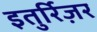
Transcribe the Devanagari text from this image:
इतुर्रिज़र